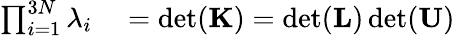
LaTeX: \begin{array}{rl}{\prod_{i=1}^{3N}\lambda_{i}}&{{}=\operatorname*{det}(\mathbf{K})=\operatorname*{det}(\mathbf{L})\operatorname*{det}(\mathbf{U})}\end{array}